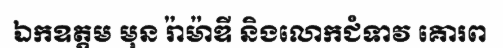
ឯកឧត្តម មុន រ៉ាម៉ាឌី និងលោកជំទាវ គោរព